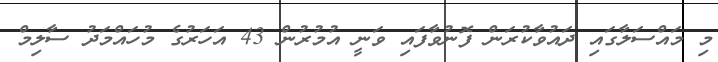
މި މައްސަލާގައި ދައުވާކުރަން ފޮނުވާފައި ވަނީ އުމުރުން 43 އަހަރުގެ މުހައްމަދު ސާލިމް